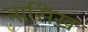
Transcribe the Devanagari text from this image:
नासिख़